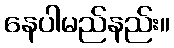
နေပါမည်နည်း။